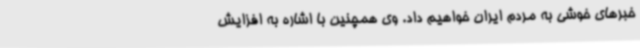
خبرهای خوشی به مردم ایران خواهیم داد. وی همچنین با اشاره به افزایش